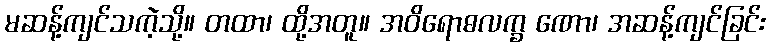
မဆန့်ကျင်သကဲ့သို့။ တထာ၊ ထို့အတူ။ အဝိရောဓလက္ခ ဏော၊ အဆန့်ကျင်ခြင်း